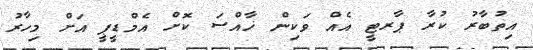
އިތުބާރު ކުރާ ޕާރޓީ އެއް ވަކިން ޚާއްސަ ކޮށް އެމްޑީޕީ އަށް މިހާރު